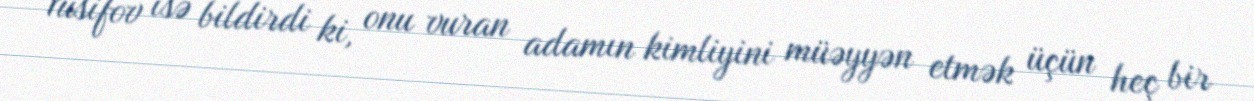
Yusifov isə bildirdi ki, onu vuran adamın kimliyini müəyyən etmək üçün heç bir